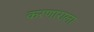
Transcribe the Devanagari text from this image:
करणाराला